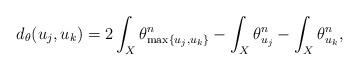
\begin{align*}d_\theta(u_j, u_k)= 2 \int_X \theta_{\max\{u_j, u_k\}}^n - \int_X \theta_{u_j}^n - \int_X \theta_{u_k}^n,\end{align*}